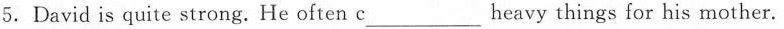
5. David is quite strong. He often c____ heavy things for his mother.